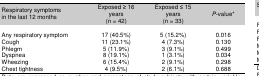
<table><thead><tr><td><b>Respiratory symptoms in the last 12 months</b></td><td><b>Exposed ≥ 16 years (n = 42)</b></td><td><b>Exposed ≤ 15 years (n = 33)</b></td><td><b><i>P</i>-value*</b></td></tr></thead><tbody><tr><td>Any respiratory symptom</td><td>17 (40.5%)</td><td>5 (15.2%)</td><td>0.016</td></tr><tr><td>Cough</td><td>11 (23.1%)</td><td>4 (7.3%)</td><td>0.130</td></tr><tr><td>Phlegm</td><td>5 (11.9%)</td><td>3 (9.1%)</td><td>0.499</td></tr><tr><td>Dyspnea</td><td>8 (19.1%)</td><td>1 (3.1%)</td><td>0.034</td></tr><tr><td>Wheezing</td><td>6 (15.4%)</td><td>2 (9.1%)</td><td>0.298</td></tr><tr><td>Chest tightness</td><td>4 (9.5%)</td><td>2 (6.1%)</td><td>0.688</td></tr></tbody></table>